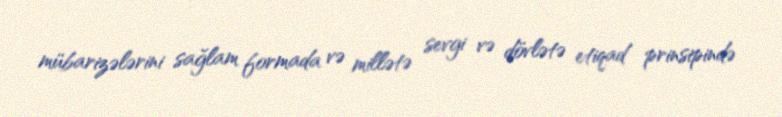
mübarizələrini sağlam formada və millətə sevgi və dövlətə etiqad prinsipində